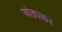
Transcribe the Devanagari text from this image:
ओढ़ाकर